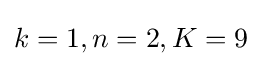
k=1,n=2,K=9